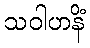
သဝါဟနိံ